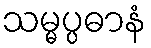
သမ္မပ္ပဓာနံ